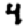
Digit: 4